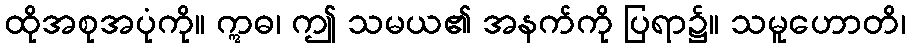
ထိုအစုအပုံကို။ ဣဓ၊ ဤ သမယ၏ အနက်ကို ပြရာ၌။ သမူဟောတိ၊